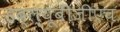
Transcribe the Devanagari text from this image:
डब्ल्यूबीजीएच